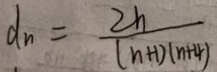
d _ { n } = \frac { 2 h } { ( n + 1 ) ( n + 4 ) }